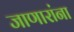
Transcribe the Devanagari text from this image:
जाणारांना